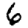
Digit: 6